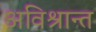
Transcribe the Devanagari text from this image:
अविश्रान्त